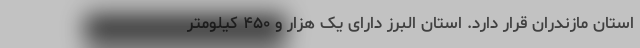
استان مازندران قرار دارد. استان البرز دارای یک هزار و ۴۵۰ کیلومتر